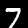
Label: 7